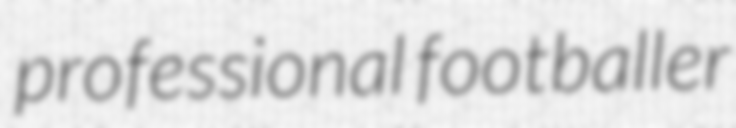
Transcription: professional footballer